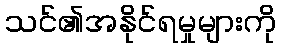
သင်၏အနိုင်ရမှုများကို